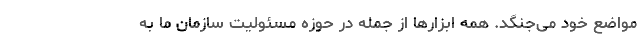
مواضع خود می‌جنگد. همه ابزارها از جمله در حوزه مسئولیت سازمان ما به